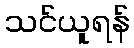
သင်ယူရန်